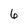
Character: 6